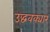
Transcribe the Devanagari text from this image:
उद्धवक्यार